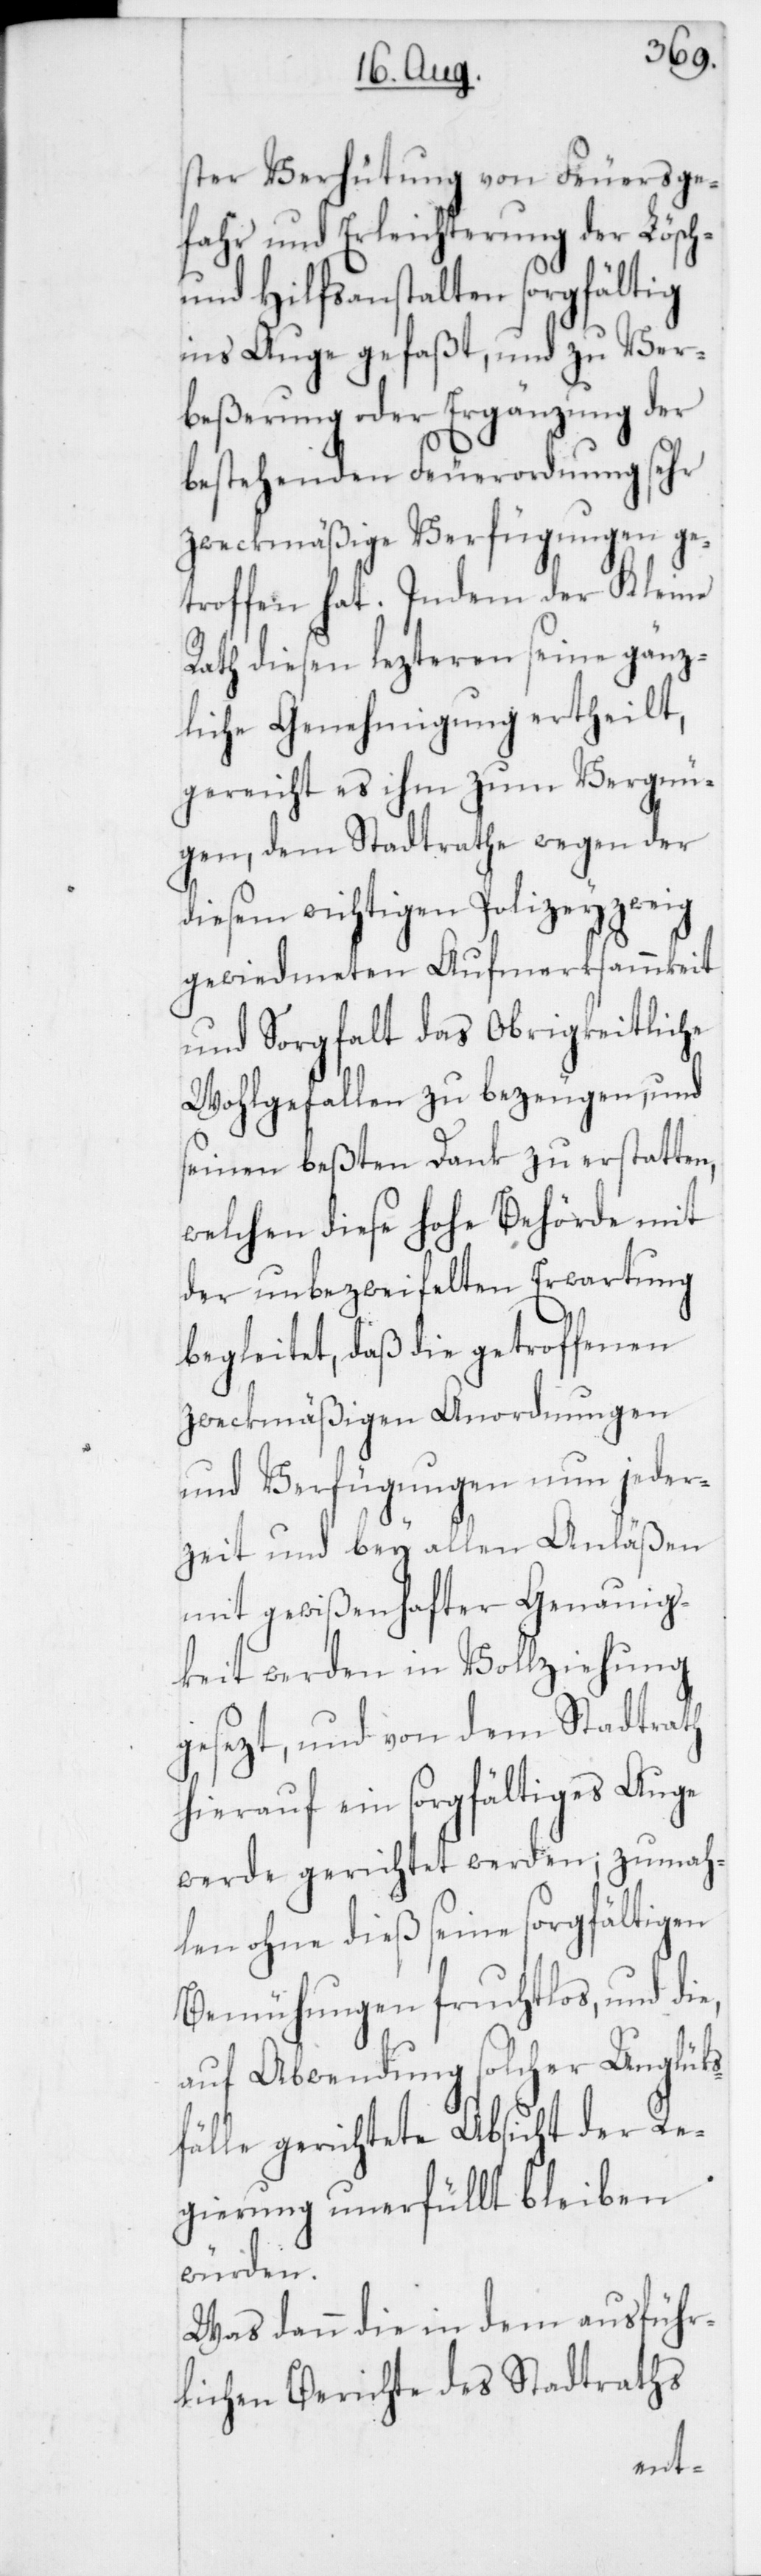
ster Verhütung von Feuersge¬
fahr und Erleichterung der Lösch-
und Hilfsanstalten sorgfältig
ins Auge gefaßt, und zu Ver¬
beßerung oder Ergänzung der
bestehenden Feuerordnung sehr
zweckmäßige Verfügungen ge¬
troffen hat. Indem der Kleine
Rath diesen lezteren seine gänz¬
liche Genehmigung ertheilt,
gereicht es ihm zum Vergnü¬
gen, dem Stadtrathe wegen der
diesem wichtigen Polizeyzweig
gewiedmeten Aufmerksammkeit
und Sorgfalt das Obrigkeitliche
Wohlgefallen zu bezeugen, und
seinen beßten Dank zu erstatten,
welchen diese hohe Behörde mit
der unbezweifelten Erwartung
begleitet, daß die getroffenen
zweckmäßigen Anordnungen
und Verfügungen nun jeder¬
zeit und bey allen Anläßen
mit gewißenhafter Genauig¬
keit werden in Vollziehung
gesezt, und von dem Stadtrath
hierauf ein sorgfältiges Auge
werde gerichtet werden; zumah¬
len ohne dieß seine sorgfältigen
Bemühungen fruchtlos und die,
auf Abwendung solcher Unglük¬
sfälle gerichtete Absicht der Re¬
gierung unerfüllt bleiben
würden.
Was dann die in dem ausführ¬
lichen Berichte des Stadtraths